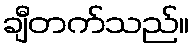
ချီတက်သည်။